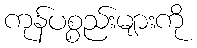
ကုန်ပစ္စည်းများကို